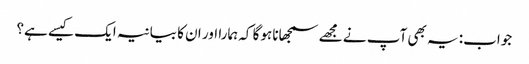
جواب: یہ بھی آپ نے مجھے سمجھانا ہوگا کہ ہمارا اور ان کا بیانیہ ایک کیسے ہے؟